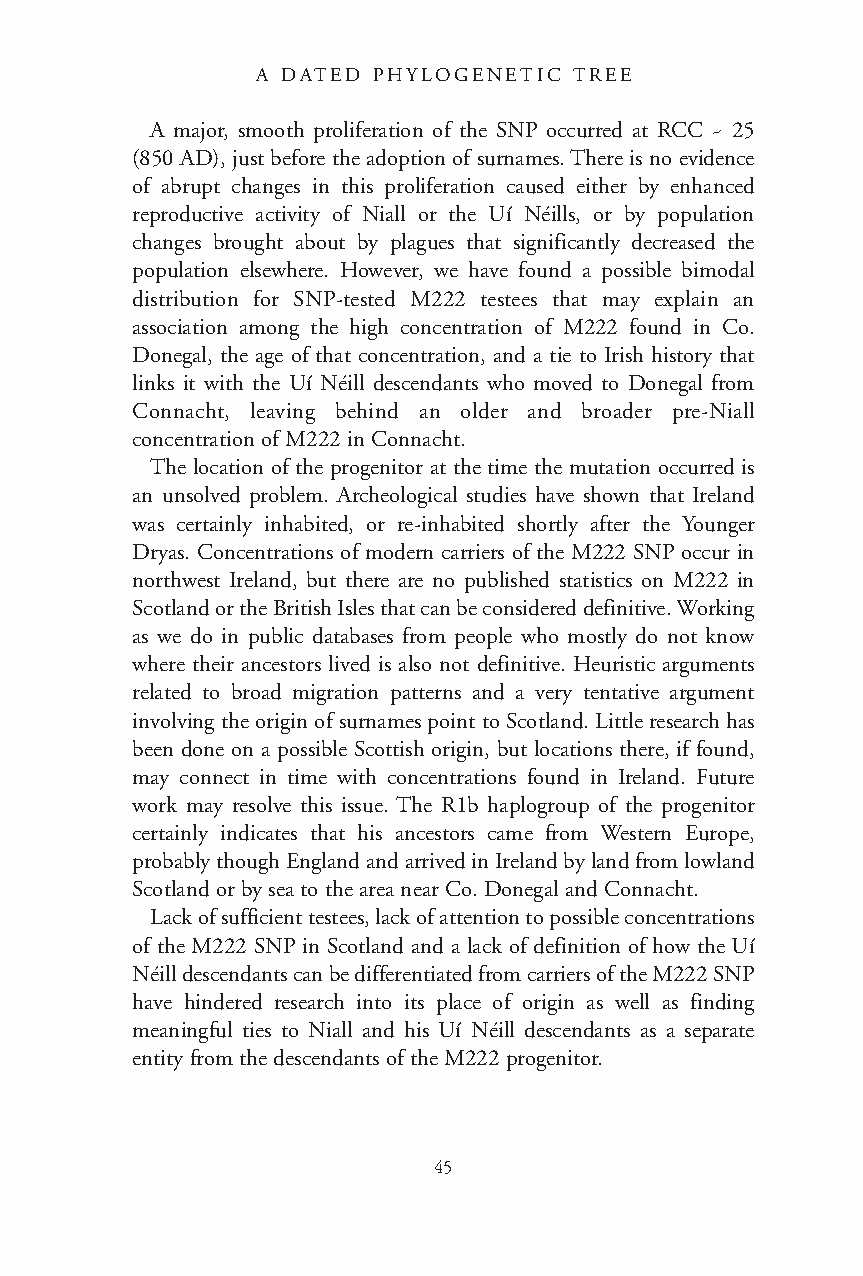
A DATED PHYLOGENETIC TREE
 A major, smooth proliferation of the SNP occurred at RCC ~ 25
 (850 AD), just before the adoption of surnames. There is no evidence
 of abrupt changes in this proliferation caused either by enhanced
 reproductive activity of Niall or the Uí Néills, or by population
 changes brought about by plagues that significantly decreased the
 population elsewhere. However, we have found a possible bimodal
 distribution for SNP-tested M222 testees that may explain an
 association among the high concentration of M222 found in Co.
 Donegal, the age of that concentration, and a tie to Irish history that
 links it with the Uí Néill descendants who moved to Donegal from
 Connacht, leaving behind an older and broader pre-Niall
 concentration of M222 in Connacht.
 The location of the progenitor at the time the mutation occurred is
 an unsolved problem. Archeological studies have shown that Ireland
 was certainly inhabited, or re-inhabited shortly after the Younger
 Dryas. Concentrations of modern carriers of the M222 SNP occur in
 northwest Ireland, but there are no published statistics on M222 in
 Scotland or the British Isles that can be considered definitive. Working
 as we do in public databases from people who mostly do not know
 where their ancestors lived is also not definitive. Heuristic arguments
 related to broad migration patterns and a very tentative argument
 involving the origin of surnames point to Scotland. Little research has
 been done on a possible Scottish origin, but locations there, if found,
 may connect in time with concentrations found in Ireland. Future
 work may resolve this issue. The R1b haplogroup of the progenitor
 certainly indicates that his ancestors came from Western Europe,
 probably though England and arrived in Ireland by land from lowland
 Scotland or by sea to the area near Co. Donegal and Connacht.
 Lack of sufficient testees, lack of attention to possible concentrations
 of the M222 SNP in Scotland and a lack of definition of how the Uí
 Néill descendants can be differentiated from carriers of the M222 SNP
 have hindered research into its place of origin as well as finding
 meaningful ties to Niall and his Uí Néill descendants as a separate
 entity from the descendants of the M222 progenitor.
 45